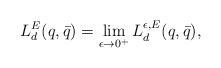
\begin{align*}L^E_d(q,\bar q) = \lim_{\epsilon\rightarrow 0^+} L^{\epsilon,E}_d(q,\bar q),\end{align*}